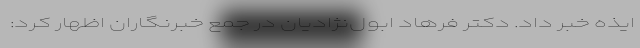
ایذه خبر داد. دکتر فرهاد ابول‌نژادیان در جمع خبرنگاران اظهار کرد: